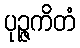
ပုဉ္ဇကိတံ